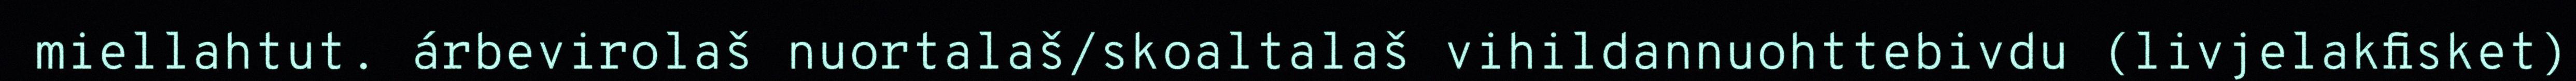
miellahtut. árbevirolaš nuortalaš/skoaltalaš vihildannuohttebivdu (livjelakfisket)